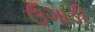
ઉગાઙી